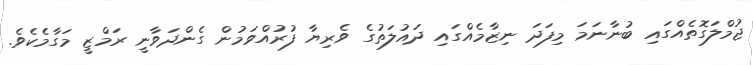
ޖުމްލަގޮތެއްގައި ބުނާނަމަ މިފަދަ ނިޒާމެއްގައި ދައުލަތުގެ ވެރިޔާ ފުރުއްވަމުން ގެންދަވާނީ ރަމްޒީ މަގާމެކެވެ.